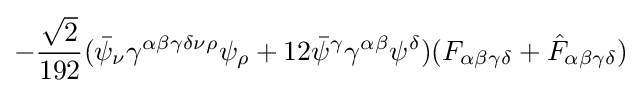
-{\frac {\sqrt {2}}{192}}({\bar {\psi }}_{\nu }\gamma ^{\alpha \beta \gamma \delta \nu \rho }\psi _{\rho }+12{\bar {\psi }}^{\gamma }\gamma ^{\alpha \beta }\psi ^{\delta })(F_{\alpha \beta \gamma \delta }+{\hat {F}}_{\alpha \beta \gamma \delta })